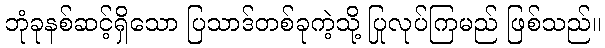
ဘုံခုနစ်ဆင့်ရှိသော ပြသာဒ်တစ်ခုကဲ့သို့ ပြုလုပ်ကြမည် ဖြစ်သည်။